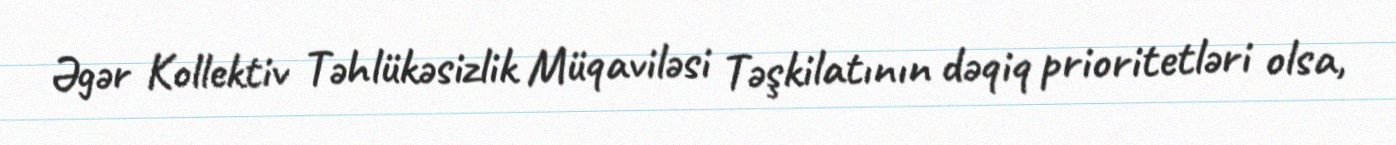
Əgər Kollektiv Təhlükəsizlik Müqaviləsi Təşkilatının dəqiq prioritetləri olsa,